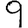
Digit: 9